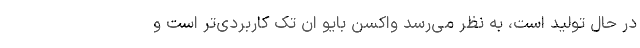
در حال تولید است، به نظر می‌رسد واکسن بایو ان تک کاربردی‌تر است و